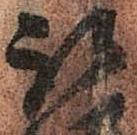
被